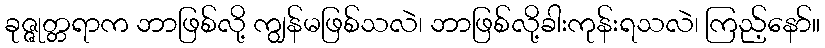
ခုဇ္ဇုတ္တရာက ဘာဖြစ်လို့ ကျွန်မဖြစ်သလဲ၊ ဘာဖြစ်လို့ခါးကုန်းရသလဲ၊ ကြည့်နော်။